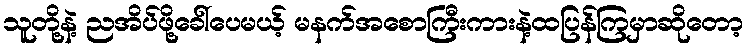
သူတို့နဲ့ ညအိပ်ဖို့ခေါ်ပေမယ့် မနက်အစောကြီးကားနဲ့ထပြန်ကြမှာဆိုတော့